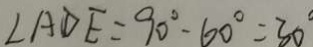
\angle A D E = 9 0 ^ { \circ } - 6 0 ^ { \circ } = 3 0 ^ { \circ }